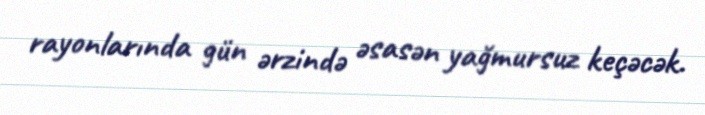
rayonlarında gün ərzində əsasən yağmursuz keçəcək.